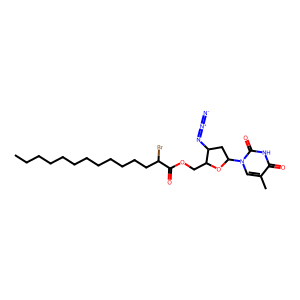
SMILES: CCCCCCCCCCCCC(Br)C(=O)OCC1OC(n2cc(C)c(=O)[nH]c2=O)CC1N=[N+]=[N-]
Inhibits HIV replication: Yes